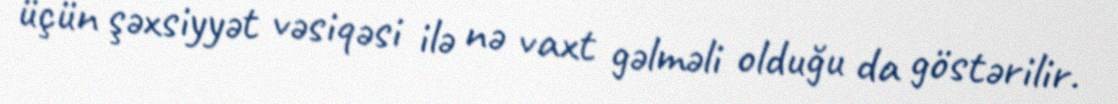
üçün şəxsiyyət vəsiqəsi ilə nə vaxt gəlməli olduğu da göstərilir.